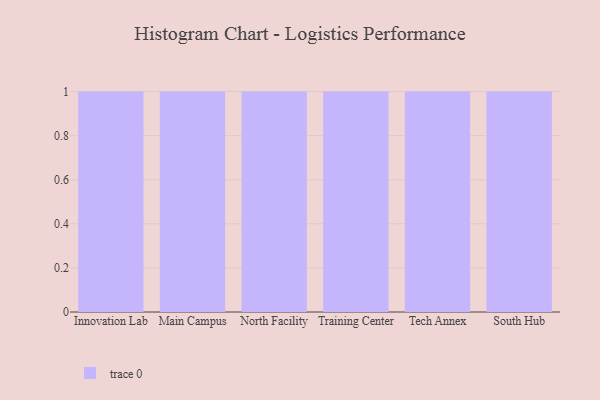
{"axis": {"x": "Campus", "y": "Gross Profit (USD K)"}, "legend": [""], "data": [{"x": "Innovation Lab", "y": 69, "type": ""}, {"x": "Main Campus", "y": 58, "type": ""}, {"x": "North Facility", "y": 69, "type": ""}, {"x": "Training Center", "y": 50, "type": ""}, {"x": "Tech Annex", "y": 63, "type": ""}, {"x": "South Hub", "y": 61, "type": ""}]}